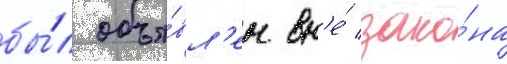
бы́л объя́вл'ен вн'е́ зако́на